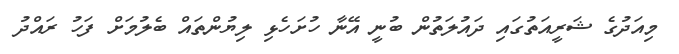
މިއަދުގެ ޝަރީއަތުގައި ދައުލަތުން ބުނީ އޭނާ ހުށަހެޅި ލިޔުންތައް ބެލުމަށް ފަހު ރައްދު